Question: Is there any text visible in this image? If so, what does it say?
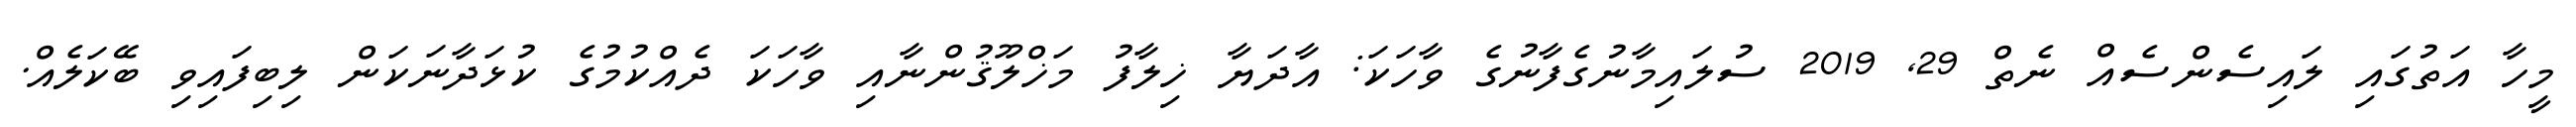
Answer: މީހާ އަތުގައި ލައިސެންސެއް ނެތް 29, 2019 ސުލައިމާނުގެފާނުގެ ވާހަކަ: އާދަޔާ ޚިލާފު މަޚްލޫޤުންނާއި ވާހަކަ ދެއްކުމުގެ ކުޅަދާނަކަން ލިބިފައިވި ބޭކަލެއް.